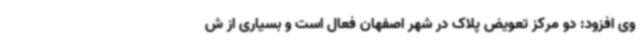
وی افزود: دو مرکز تعویض پلاک در شهر اصفهان فعال است و بسیاری از ش